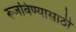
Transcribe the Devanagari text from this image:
रूजविण्यासाठी